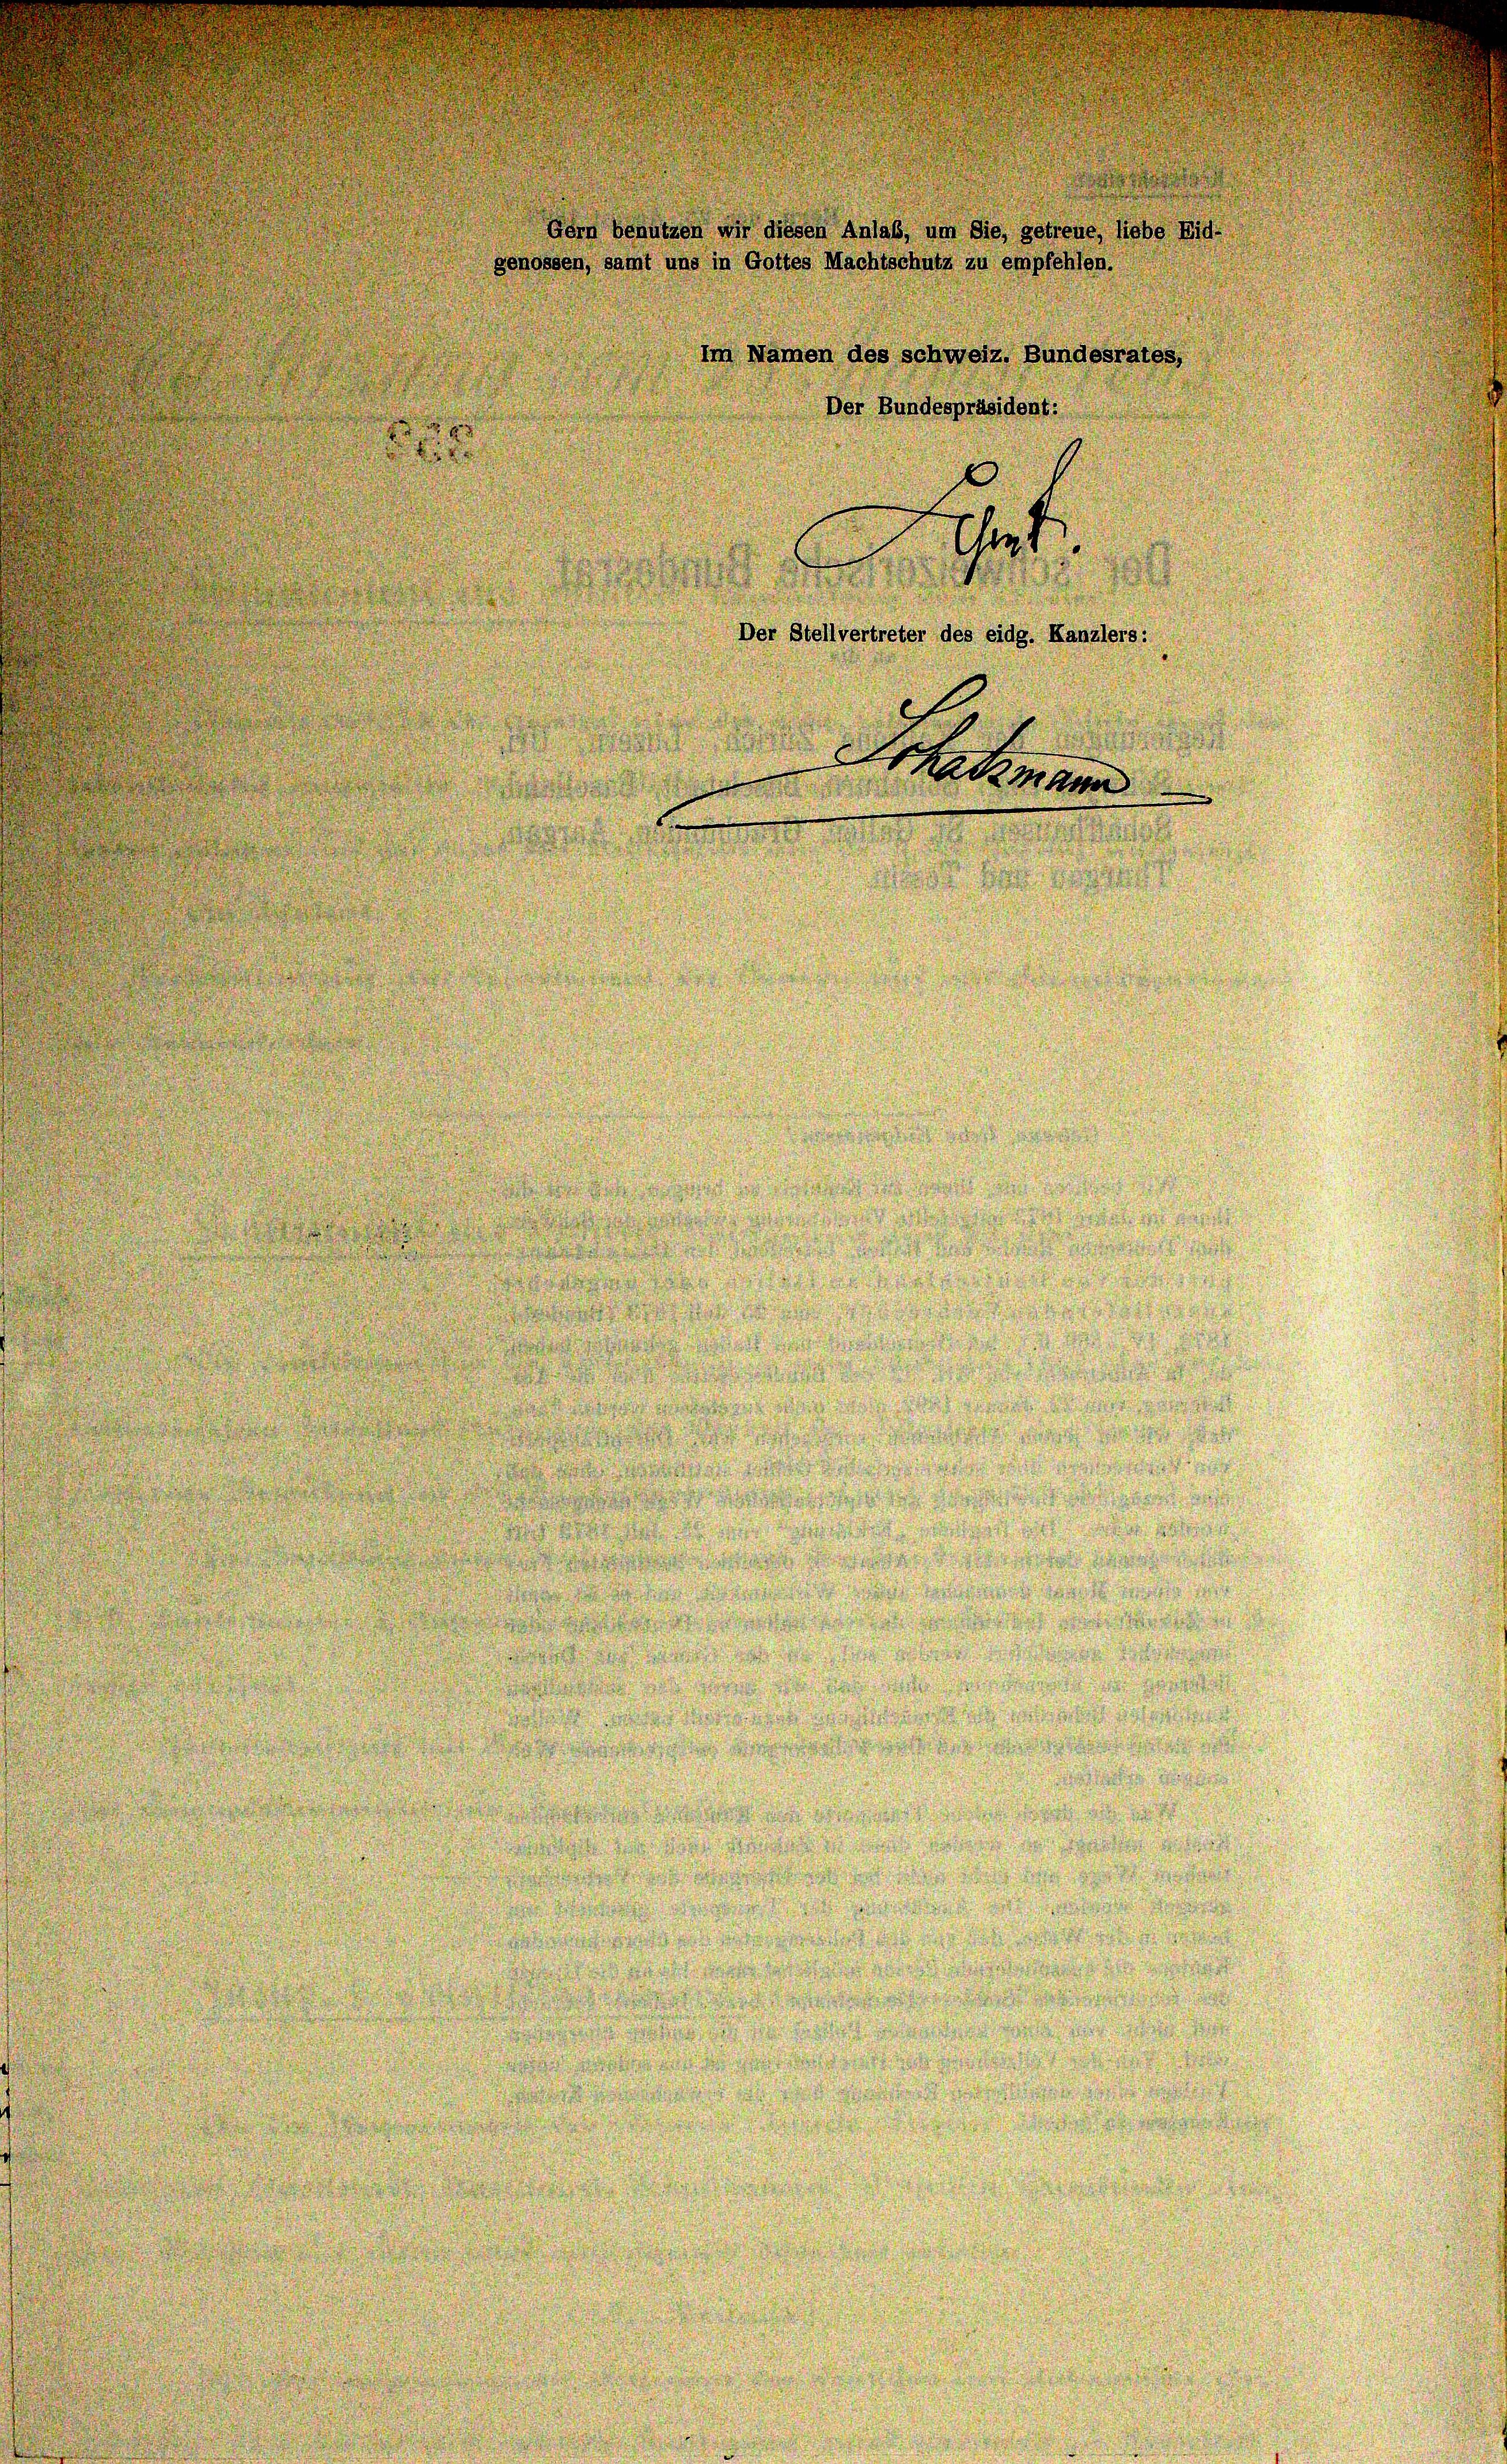
Hern benutzen wir diesen Anlass, um die, getreue, liebe Nid
genossen, samt uns in Gottes Machtschutz zu empfehlen.
im Namen des Schweiz. Bundesrates,
Der Bundespräsident:
he
Der Stellvertreter des eidg. Kanzlers:

Schatzmann